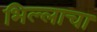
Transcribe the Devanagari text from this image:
भिल्लाचा